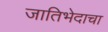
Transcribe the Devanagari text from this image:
जातिभेदाचा